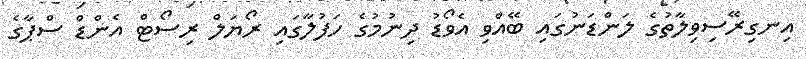
އިނގިރޭސިވިލާތުގެ ލަންޑަނުގައި ބޭއްވި އެވޯޑު ދިނުމުގެ ހަފުލާގައި ރޯޔަލް ރިސޯޓް އެންޑް ސްޕާގެ